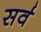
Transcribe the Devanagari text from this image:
सर्व